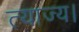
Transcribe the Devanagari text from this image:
त्याज्य।